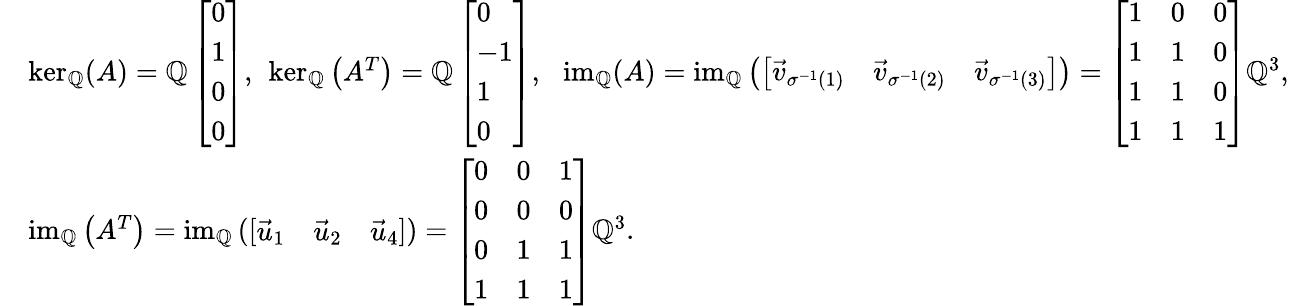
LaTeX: \begin{array}{rl}&{\ker_{\mathbb{Q}}(A)=\operatorname{\mathbb{Q}}\left[\begin{array}{l}{0}\\ {1}\\ {0}\\ {0}\end{array}\right],\ \ker_{\mathbb{Q}}\left(A^{T}\right)=\operatorname{\mathbb{Q}}\left[\begin{array}{l}{0}\\ {-1}\\ {1}\\ {0}\end{array}\right],\ \ \operatorname{im}_{\mathbb{Q}}(A)=\operatorname{im}_{\mathbb{Q}}\left(\left[\begin{array}{lll}{\vec{v}_{\sigma^{-1}(1)}}&{\vec{v}_{\sigma^{-1}(2)}}&{\vec{v}_{\sigma^{-1}(3)}}\end{array}\right]\right)=\left[\begin{array}{lll}{1}&{0}&{0}\\ {1}&{1}&{0}\\ {1}&{1}&{0}\\ {1}&{1}&{1}\end{array}\right]\mathbb{Q}^{3},}\\ &{\operatorname{im}_{\mathbb{Q}}\left(A^{T}\right)=\operatorname{im}_{\mathbb{Q}}\left(\left[\begin{array}{lll}{\vec{u}_{1}}&{\vec{u}_{2}}&{\vec{u}_{4}}\end{array}\right]\right)=\left[\begin{array}{lll}{0}&{0}&{1}\\ {0}&{0}&{0}\\ {0}&{1}&{1}\\ {1}&{1}&{1}\end{array}\right]\mathbb{Q}^{3}.}\end{array}